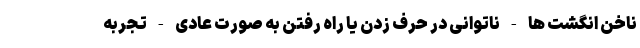
ناخن انگشت ها - ناتوانی در حرف زدن یا راه رفتن به صورت عادی - تجربه